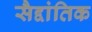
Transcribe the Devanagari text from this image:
सैद्दांतिक